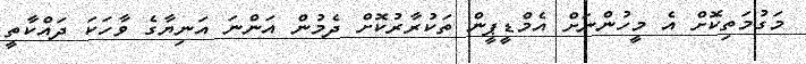
މަގުމަތިކޮށް އެ މީހުންނަށް އެމްޑީޕީން ތަކުރާރުކޮށް ދެމުން އަންނަ އަނިޔާގެ ވާހަކަ ދައްކާތީ